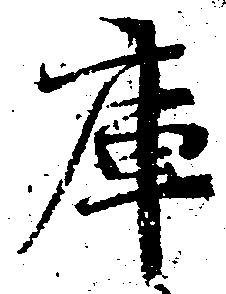
庫